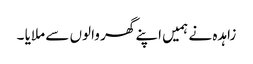
زاہدہ نے ہمیں اپنے گھر والوں سے ملایا ۔